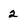
Character: 2